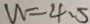
W = 4 . 5